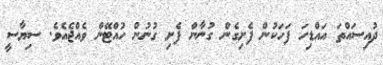
ދުއިސައްތަ އައްޑިހަ ފަހަކުން ފެށިގެން ގުނާން ފެށި ގުނުން ހުއްޓޭން ވެއްޖެއެވެ. ސިޔާސީ